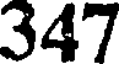
347